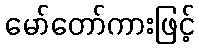
မော်တော်ကားဖြင့်